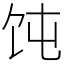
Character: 饨